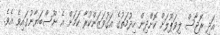
އަދި ރޮޖާސް ލިވަޕޫލަށް ކޮށްދިން ހިދުމަތުގެ އަގުވަޒަންކުރާ ކަމަށް އެ ނޫސްބަޔާނުގައިވެ އެވެ.